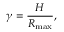
\gamma = \frac { H } { R _ { \mathrm { { m a x } } } } ,